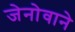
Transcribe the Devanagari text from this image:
जेनोवाने